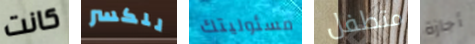
كانت للكسر مسئوليتك متطفل أجازة